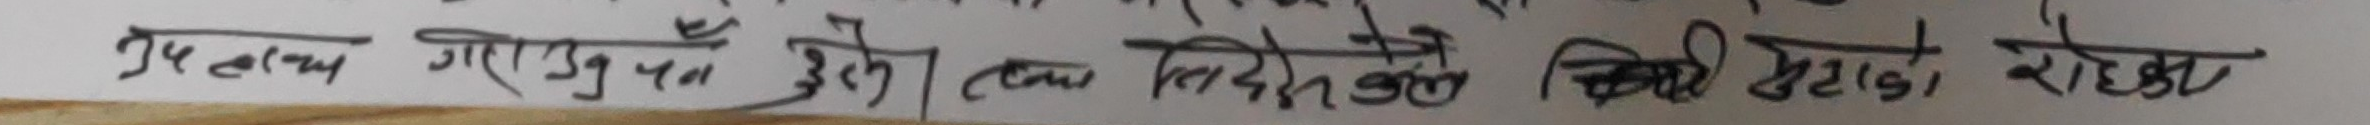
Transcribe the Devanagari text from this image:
उपयुक्त गरिएकोँ छो । तस निर्देशको विभिन्न सिटको रहेर